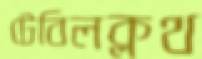
টেবিলক্লথ